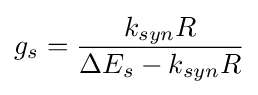
g_{s}={\dfrac {k_{syn}R}{\Delta E_{s}-k_{syn}R}}